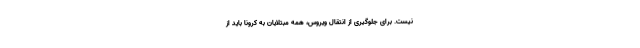
نیست. برای جلوگیری از انتقال ویروس، همه مبتلایان به کرونا باید از